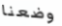
وضعنا